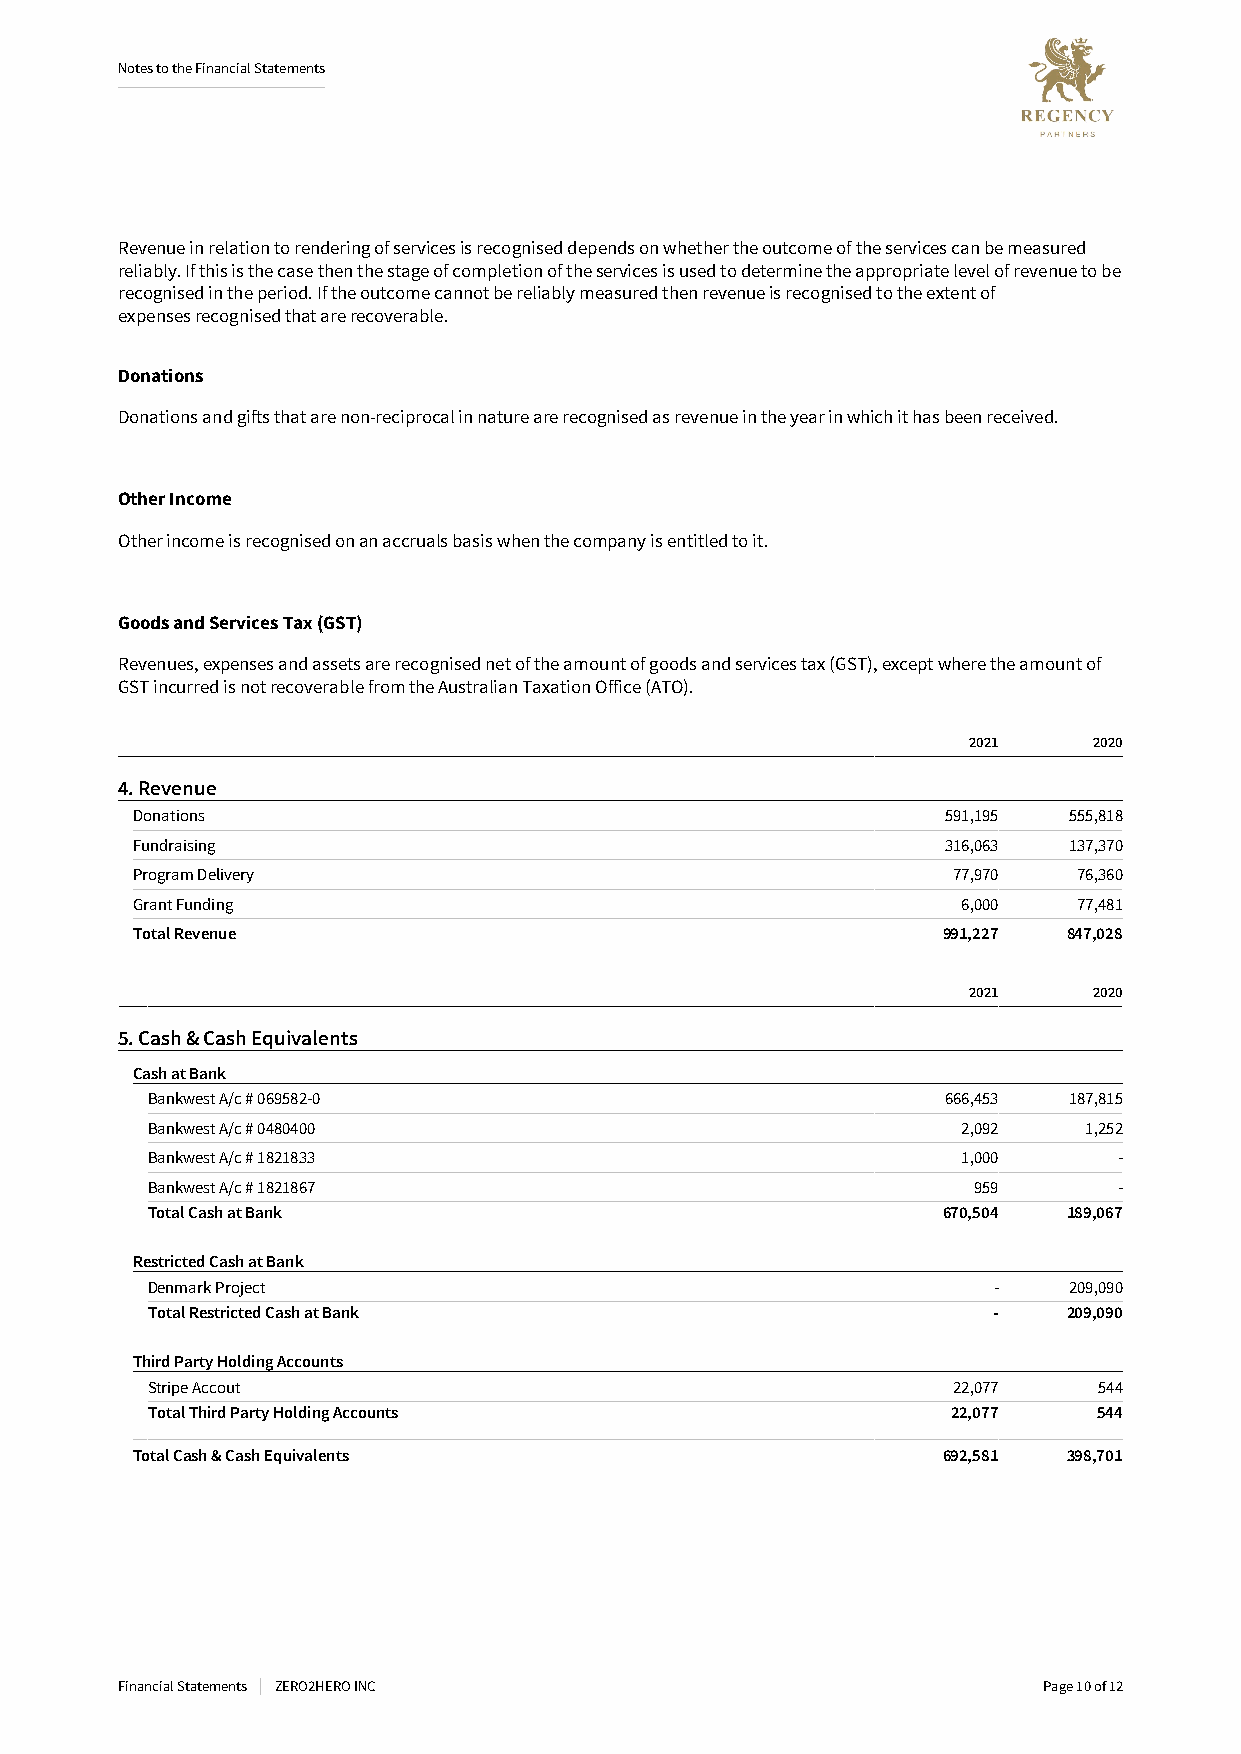
NotestotheFinancialStatements
 Revenueinrelationtorenderingofservicesisrecogniseddependsonwhethertheoutcomeof theservicescanbemeasured
 reliably.Ifthisisthecasethenthestageofcompletionofthe servicesisusedtodeterminetheappropriatelevelofrevenuetobe
 recognisedintheperiod.If theoutcomecannotbereliablymeasuredthenrevenueisrecognisedtotheextentof
 expenses recognisedthatarerecoverable.
 Donations
 Donationsandgiftsthatarenon-reciprocalinnaturearerecognisedasrevenueintheyearinwhichithasbeenreceived.
 OtherIncome
 Otherincomeisrecognisedonanaccrualsbasiswhenthecompanyisentitledtoit.
 GoodsandServicesTax(GST)
 Revenues,expensesandassetsarerecognisednetoftheamountofgoodsandservicestax(GST),exceptwheretheamountof
 GSTincurredisnotrecoverablefromtheAustralianTaxationOffice(ATO).
 2021    2020
 4.Revenue
 Donations                                             591,195 555,818
 Fundraising                                           316,063 137,370
 ProgramDelivery                                       77,970  76,360
 GrantFunding                                           6,000  77,481
 TotalRevenue                                         991,227  847,028
 2021    2020
 5.Cash&CashEquivalents
 CashatBank
 BankwestA/c#069582-0                                 666,453 187,815
 BankwestA/c#0480400                                   2,092   1,252
 BankwestA/c#1821833                                   1,000     -
 BankwestA/c#1821867                                   959       -
 TotalCashatBank                                     670,504  189,067
 RestrictedCashatBank
 DenmarkProject                                          -    209,090
 TotalRestrictedCashatBank                               -    209,090
 ThirdPartyHoldingAccounts
 StripeAccout                                         22,077    544
 TotalThirdPartyHoldingAccounts                       22,077    544
 TotalCash&CashEquivalents                            692,581  398,701
 FinancialStatements ZERO2HEROINC                             Page10of12